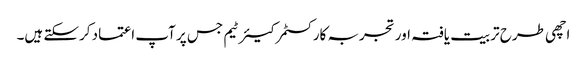
اچھی طرح تربیت یافتہ اور تجربہ کار کسٹمر کیئر ٹیم جس پر آپ اعتماد کرسکتے ہیں۔